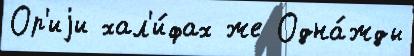
Ор'иjи хал'и́фах же Одна́жды